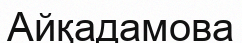
Айқадамова